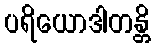
ပရိယောဒါတန္တိ